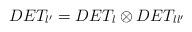
LaTeX: \begin{align*}DET_{\l'}= DET_{\l}\otimes DET_{\l\l'}\end{align*}